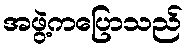
အဖွဲ့ကပြောသည်